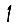
Digit: 1